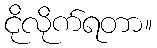
ငိုလိုက်ရတာ။